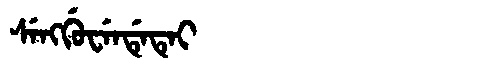
Manchu: ᠰᡝᠩᡤᡠᠸᡝᠨᡩᡝᡨᡝᡳ
Romanization: SENGGUWENDETEI